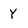
Character: Y